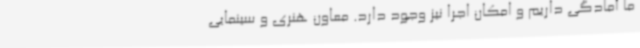
ما آمادگی داریم و امکان اجرا نیز وجود دارد. معاون هنری و سینمایی